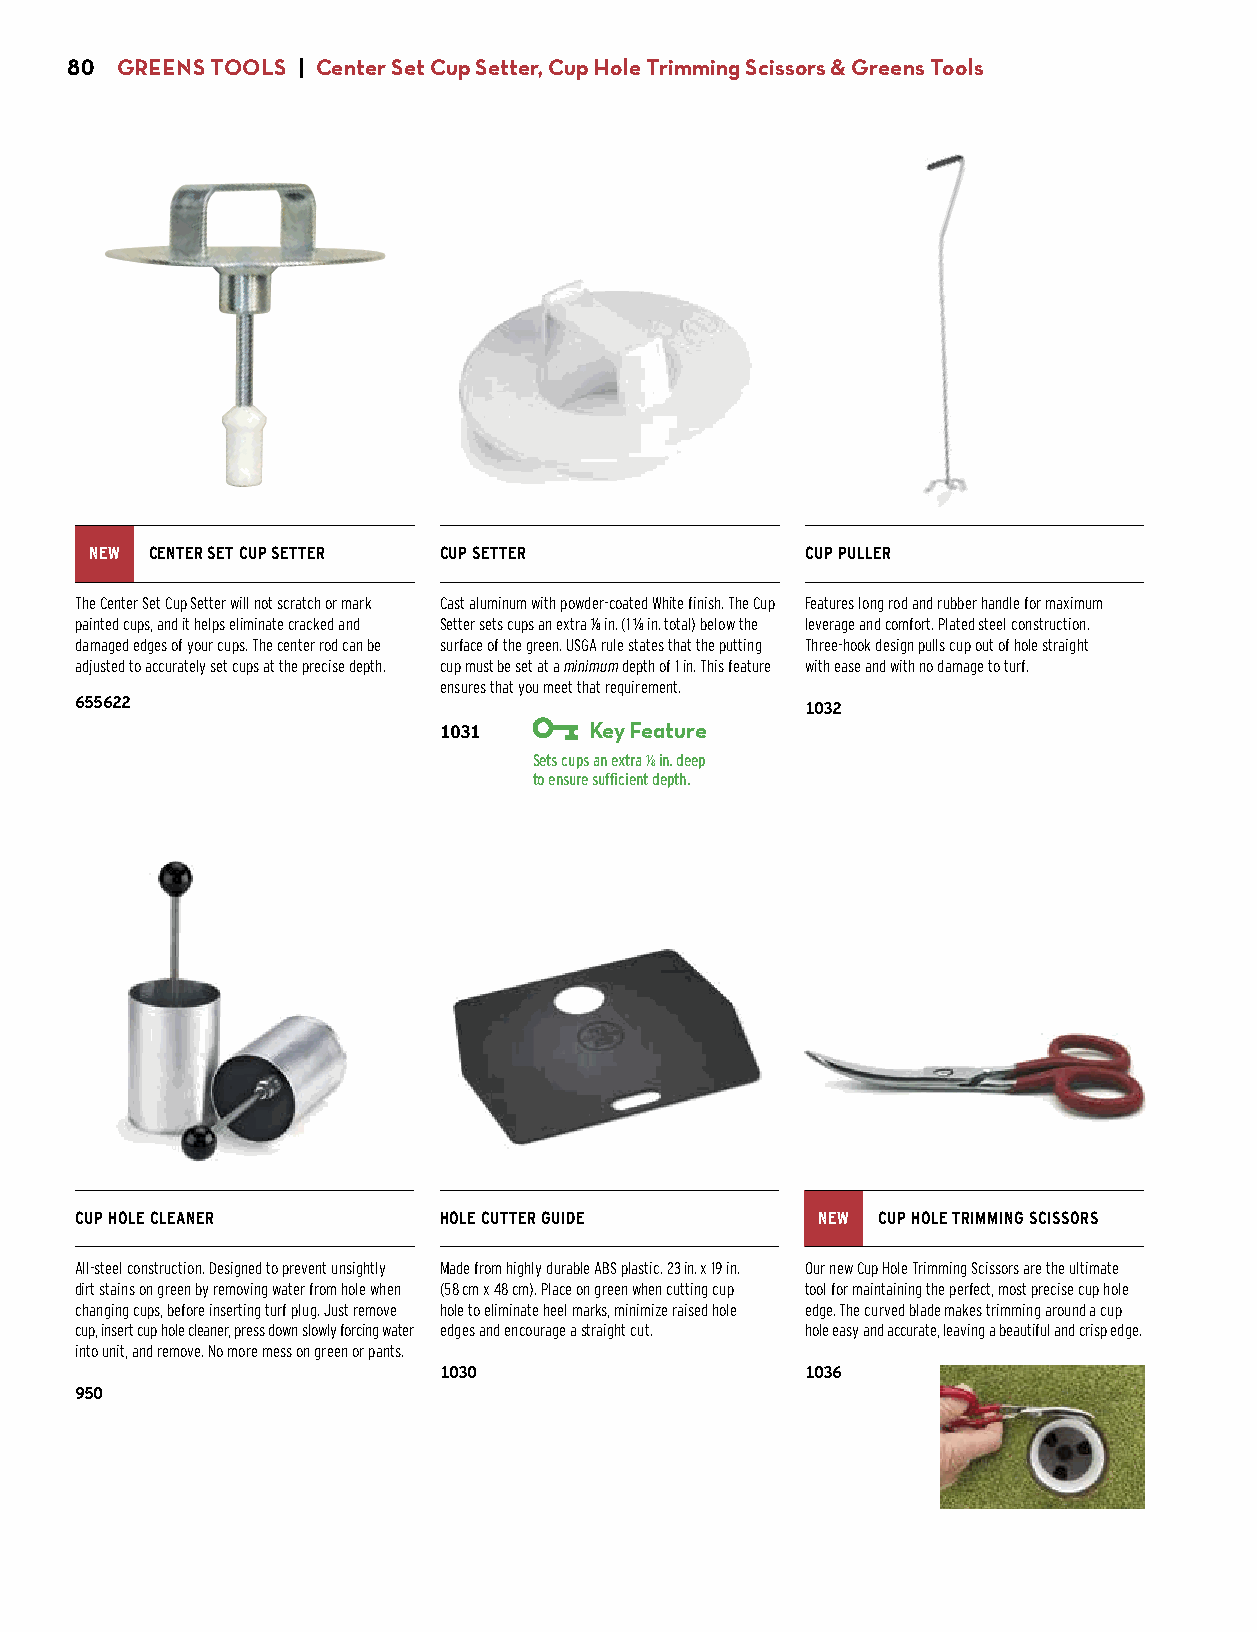
80  GREENS TOOLS | Center Set Cup Setter, Cup Hole Trimming Scissors & Greens Tools
 NEW CENTER SET CUP SETTER CUP SETTER           CUP PULLER
 The Center Set Cup Setter will not scratch or mark Cast aluminum with powder-coated White finish. The Cup Features long rod and rubber handle for maximum
 painted cups, and it helps eliminate cracked and Setter sets cups an extra 1/8 in. (1 1/8 in. total) below the leverage and comfort. Plated steel construction.
 damaged edges of your cups. The center rod can be surface of the green. USGA rule states that the putting Three-hook design pulls cup out of hole straight
 adjusted to accurately set cups at the precise depth. cup must be set at a minimum depth of 1 in. This feature with ease and with no damage to turf.
 ensures that you meet that requirement.
 655622                                          1032
 $86.00                  1031      Key Feature   $23.00
 $47.75
 Sets cups an extra 1⁄8 in. deep
 to ensure sufficient depth.
 CUP HOLE CLEANER        HOLE CUTTER GUIDE        NEW CUP HOLE TRIMMING SCISSORS
 All-steel construction. Designed to prevent unsightly Made from highly durable ABS plastic. 23 in. x 19 in. Our new Cup Hole Trimming Scissors are the ultimate
 dirt stains on green by removing water from hole when (58 cm x 48 cm). Place on green when cutting cup tool for maintaining the perfect, most precise cup hole
 changing cups, before inserting turf plug. Just remove hole to eliminate heel marks, minimize raised hole edge. The curved blade makes trimming around a cup
 cup, insert cup hole cleaner, press down slowly forcing water edges and encourage a straight cut. hole easy and accurate, leaving a beautiful and crisp edge.
 into unit, and remove. No more mess on green or pants.
 1030                    1036
 950                     $74.00                  $XX.XX
 $72.00